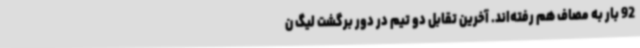
92 بار به مصاف هم رفته‌اند. آخرین تقابل دو تیم در دور برگشت لیگ ن